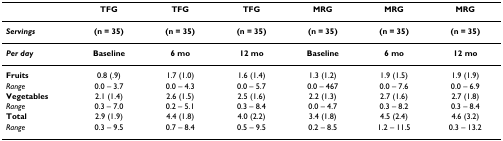
|  | TFG | TFG | TFG | MRG | MRG | MRG |
 | --- | --- | --- | --- | --- | --- | --- |
 | Servings | (n = 35) | (n = 35) | (n = 35) | (n = 35) | (n = 35) | (n = 35) |
 | Per day | Baseline | 6 mo | 12 mo | Baseline | 6 mo | 12 mo |
 | Fruits | 0.8 (.9) | 1.7 (1.0) | 1.6 (1.4) | 1.3 (1.2) | 1.9 (1.5) | 1.9 (1.9) |
 | Range | 0.0 – 3.7 | 0.0 – 4.3 | 0.0 – 5.7 | 0.0 – 467 | 0.0 – 7.6 | 0.0 – 6.9 |
 | Vegetables | 2.1 (1.4) | 2.6 (1.5) | 2.5 (1.6) | 2.2 (1.3) | 2.7 (1.6) | 2.7 (1.8) |
 | Range | 0.3 – 7.0 | 0.2 – 5.1 | 0.3 – 8.4 | 0.0 – 4.7 | 0.3 – 8.2 | 0.3 – 8.4 |
 | Total | 2.9 (1.9) | 4.4 (1.8) | 4.0 (2.2) | 3.4 (1.8) | 4.5 (2.4) | 4.6 (3.2) |
 | Range | 0.3 – 9.5 | 0.7 – 8.4 | 0.5 – 9.5 | 0.2 – 8.5 | 1.2 – 11.5 | 0.3 – 13.2 |